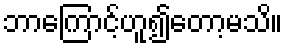
ဘာကြောင့်ဟူ၍တော့မသိ။